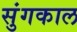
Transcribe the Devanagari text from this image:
सुंगकाल